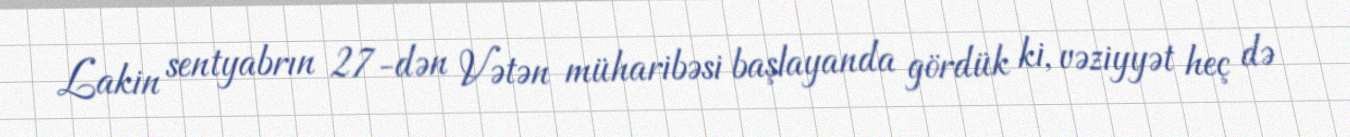
Lakin sentyabrın 27-dən Vətən müharibəsi başlayanda gördük ki, vəziyyət heç də